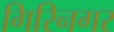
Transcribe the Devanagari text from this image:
गिरिनगर